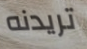
تريدنه